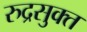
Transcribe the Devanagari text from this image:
रुद्रसुक्त